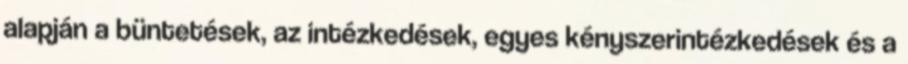
alapján a büntetések, az intézkedések, egyes kényszerintézkedések és a